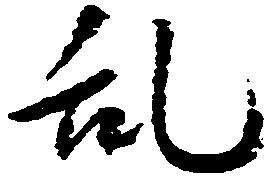
乱